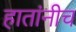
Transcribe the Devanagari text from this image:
हातांनीच